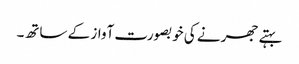
بہتے جھرنے کی خوبصورت آواز کے ساتھ۔